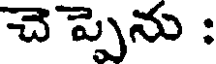
చె ప్పెను :